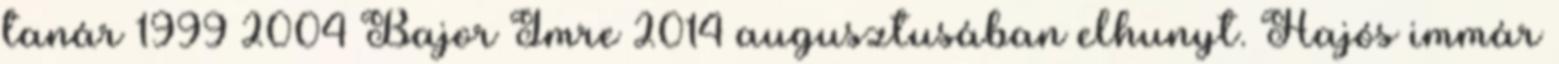
tanár 1999–2004 Bajor Imre 2014 augusztusában elhunyt. Hajós immár